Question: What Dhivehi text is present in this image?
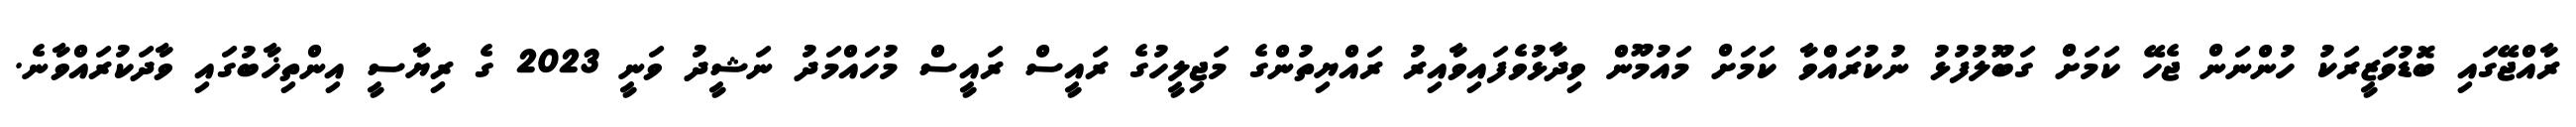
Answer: ރާއްޖޭގައި ބޮޑުވަޒީރަކު ހުންނަން ޖެހޭ ކަމަށް ގަބޫލުފުޅު ނުކުރައްވާ ކަމަށް މައުމޫން ވިދާޅުވެފައިވާއިރު ރައްޔިތުންގެ މަޖިލީހުގެ ރައީސް ރައީސް މުހައްމަދު ނަޝީދު ވަނީ 2023 ގެ ރިޔާސީ އިންތިޚާބުގައި ވާދަކުރައްވާނެ.